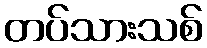
တပ်သားသစ်